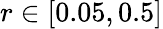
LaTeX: r\in\left[0.05,0.5\right]